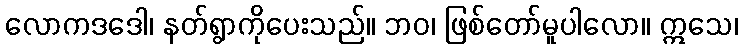
လောကဒဒေါ၊ နတ်ရွာကိုပေးသည်။ ဘဝ၊ ဖြစ်တော်မူပါလော။ ဣသေ၊